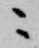
ニ